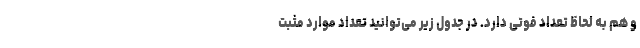
و هم به لحاظ تعداد فوتی دارد. در جدول زیر می‌توانید تعداد موارد مثبت